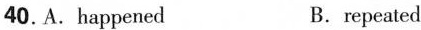
40.A. happened B. repeated